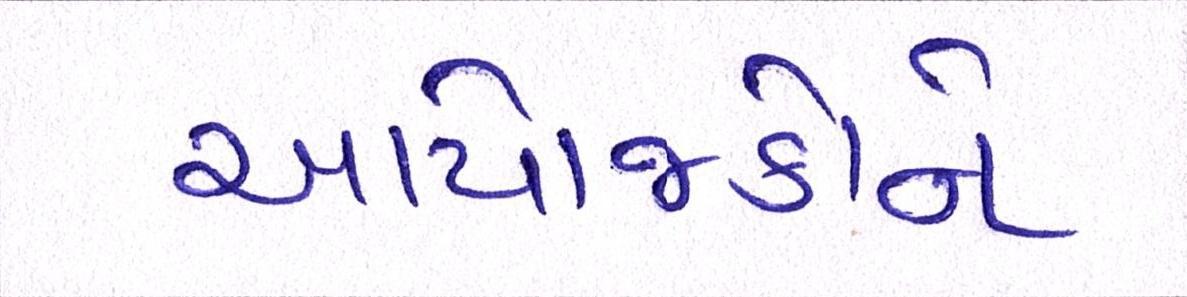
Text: આયોજકોને